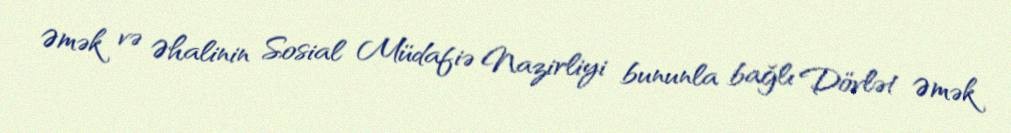
Əmək və Əhalinin Sosial Müdafiə Nazirliyi bununla bağlı Dövlət Əmək